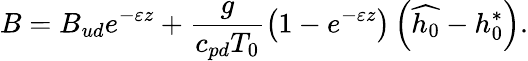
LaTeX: B=B_{ud}e^{-\varepsilon z}+\frac{g}{c_{pd}T_{0}}\left(1-e^{-\varepsilon z}\right)\left(\widehat{h_{0}}-h_{0}^{*}\right).